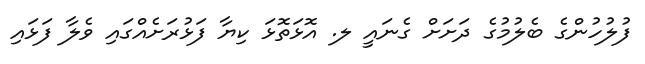
ފުލުހުންގެ ބެލުމުގެ ދަށަށް ގެނައީ ލ. އޮޅަތޮޅަ ކިޔާ ފަޅުރަށެއްގައި ވެލާ ފަޅައި